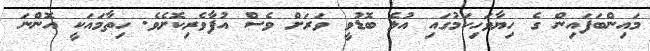
މައިންބަފައިން ގެ ހިޔާވަހިކަމުގައި އުޅެ ބޮޑުވީ ވަރަށް ވެސް އުފާވެރިކޮށެވެ. ހިތާމައަކީ އޮންނަ